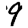
Digit: 9